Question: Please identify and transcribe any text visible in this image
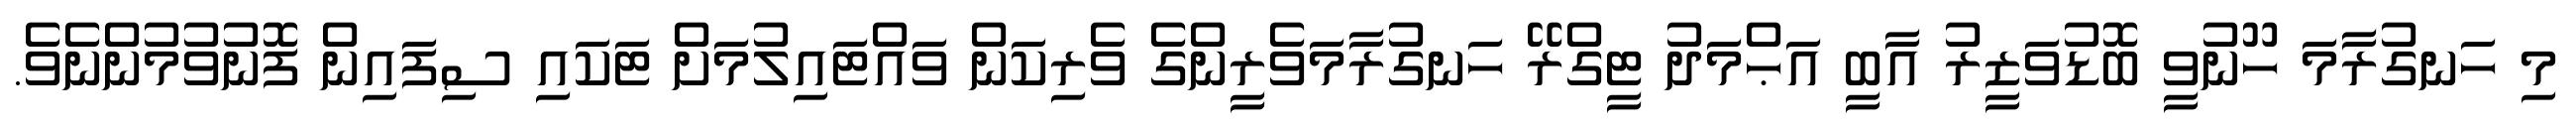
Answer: މި ހަނގުރާމަ ހޫނުވީ ބޮޑުވަޒީރު އާބީ އަޙްމަދު ޓީގްރޭ ހަނގުރާމަވެރީންގެ ވެރިކަން ވައްޓައިލުމަށް ޓަކައި ސިފައިން ފޮނުވުމުންނެވެ.